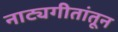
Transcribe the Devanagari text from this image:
नाट्यगीतांतून